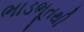
ભાડભૂતથી